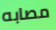
مصابه